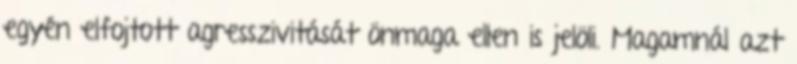
egyén elfojtott agresszivitását önmaga ellen is jelöli. Magamnál azt